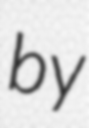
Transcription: by